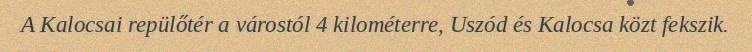
A Kalocsai repülőtér a várostól 4 kilométerre, Uszód és Kalocsa közt fekszik.